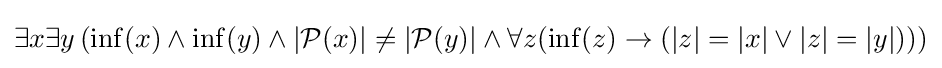
\exists x\exists y\,(\mathrm {inf} (x)\land \mathrm {inf} (y)\land |{\mathcal {P}}(x)|\neq |{\mathcal {P}}(y)|\land \forall z(\mathrm {inf} (z)\rightarrow (|z|=|x|\lor |z|=|y|)))